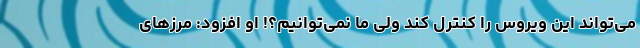
می‌تواند این ویروس را کنترل کند ولی ما نمی‌توانیم؟! او افزود: مرزهای